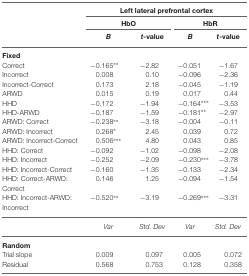
<table><thead><tr><td></td><td colspan="4"><b>Left lateral prefrontal cortex</b></td></tr><tr><td></td><td colspan="2"><b>HbO</b></td><td colspan="2"><b>HbR</b></td></tr><tr><td></td><td><b><i>B</i></b></td><td><b><i>t</i>-value</b></td><td><b><i>B</i></b></td><td><b><i>t</i>-value</b></td></tr></thead><tbody><tr><td><b>Fixed</b></td></tr><tr><td>Correct</td><td>−0.165**</td><td>−2.82</td><td>−0.051</td><td>−1.67</td></tr><tr><td>Incorrect</td><td>0.008</td><td>0.10</td><td>−0.096</td><td>−2.36</td></tr><tr><td>Incorrect-Correct</td><td>0.173</td><td>2.18</td><td>−0.045</td><td>−1.19</td></tr><tr><td>ARWD</td><td>0.015</td><td>0.19</td><td>0.017</td><td>0.44</td></tr><tr><td>HHD</td><td>−0.172</td><td>−1.94</td><td>−0.164***</td><td>−3.53</td></tr><tr><td>HHD-ARWD</td><td>−0.187</td><td>−1.59</td><td>−0.181**</td><td>−2.97</td></tr><tr><td>ARWD: Correct</td><td>−0.238**</td><td>−3.18</td><td>−0.004</td><td>−0.11</td></tr><tr><td>ARWD: Incorrect</td><td>0.268*</td><td>2.45</td><td>0.039</td><td>0.72</td></tr><tr><td>ARWD: Incorrect-Correct</td><td>0.506***</td><td>4.80</td><td>0.043</td><td>0.85</td></tr><tr><td>HHD: Correct</td><td>−0.092</td><td>−1.02</td><td>−0.098</td><td>−2.08</td></tr><tr><td>HHD: Incorrect</td><td>−0.252</td><td>−2.09</td><td>−0.230***</td><td>−3.78</td></tr><tr><td>HHD: Incorrect-Correct</td><td>−0.160</td><td>−1.35</td><td>−0.133</td><td>−2.34</td></tr><tr><td>HHD: Correct-ARWD:</td><td>0.146</td><td>1.25</td><td>−0.094</td><td>−1.54</td></tr><tr><td>Correct</td></tr><tr><td>HHD: Incorrect-ARWD:</td><td>−0.520**</td><td>−3.19</td><td>−0.269***</td><td>−3.31</td></tr><tr><td>Incorrect</td></tr><tr><td></td><td><i>Var</i></td><td><i>Std. Dev</i></td><td><i>Var</i></td><td><i>Std. Dev</i></td></tr><tr><td><b>Random</b></td></tr><tr><td>Trial slope</td><td>0.009</td><td>0.097</td><td>0.005</td><td>0.072</td></tr><tr><td>Residual</td><td>0.568</td><td>0.753</td><td>0.128</td><td>0.358</td></tr></tbody></table>